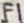
Text: F1